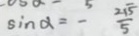
\sin \alpha = - \frac { 2 \sqrt { 5 } } { 5 }